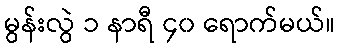
မွန်းလွဲ ၁ နာရီ ၄၀ ရောက်မယ်။